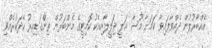
އެއްބާރުލުން ދެއްވާފައިވާ ކަމަށާ މޫސާ ޢަލީ ޖަލީލާއިއެކު ކޮމިޓީގެ މެންބަރުން ތިންގަޑިއިރު ހޭދަކުރެއްވި